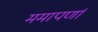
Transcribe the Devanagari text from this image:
ममापर्णा